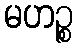
မဟဉ္စ